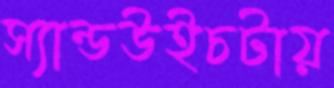
স্যান্ডউইচটায়